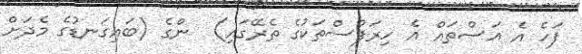
ފަހެ އެ އަސްތައް އެ ހިރަފުސްތަކުގެ ތެރޭގައި)  ންގެ (ބައިގަނޑުގެ މެދަށް